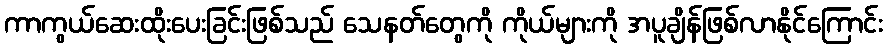
ကာကွယ်ဆေးထိုးပေးခြင်းဖြစ်သည် သေနတ်တွေကို ကိုယ်များကို အပူချိန်ဖြစ်လာနိုင်ကြောင်း